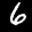
Label: 6